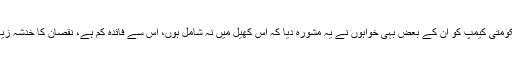
حکومتی کیمپ کو ان کے بعض بہی خواہوں نے یہ مشورہ دیا کہ اس کھیل میں نہ شامل ہوں، اس سے فائدہ کم ہے، نقصان کا خدشہ زیادہ۔